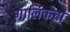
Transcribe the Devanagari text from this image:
गार्लिकचा